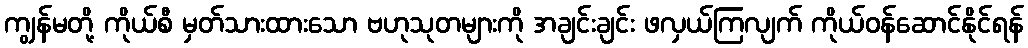
ကျွန်မတို့ ကိုယ်စီ မှတ်သားထားသော ဗဟုသုတများကို အချင်းချင်း ဖလှယ်ကြလျက် ကိုယ်ဝန်ဆောင်နိုင်ရန်